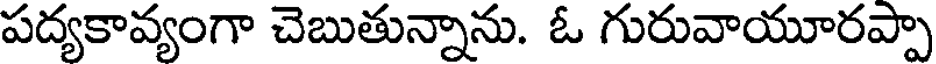
పద్యకావ్యంగా చెబుతున్నాను. ఓ గురువాయూరప్పా